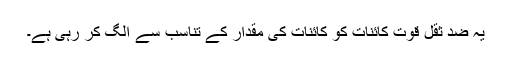
یہ ضد ثقل قوّت کائنات کو کائنات کی مقدار کے تناسب سے الگ کر رہی ہے۔